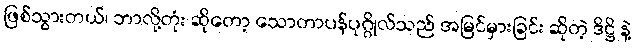
ဖြစ်သွားတယ်၊ ဘာလို့တုံး ဆိုတော့ သောတာပန်ပုဂ္ဂိုလ်သည် အမြင်မှားခြင်း ဆိုတဲ့ ဒိဋ္ဌိ နဲ့